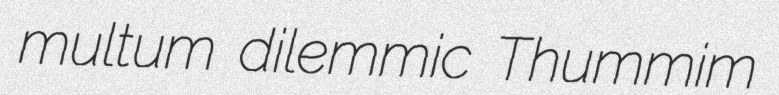
multum dilemmic Thummim